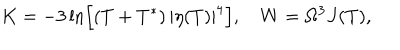
K = - 3 \ln \left[ ( T + T ^ { * } ) \, | \eta ( T ) | ^ { 4 } \right] , \quad W = \Omega ^ { 3 } J ( T ) ,